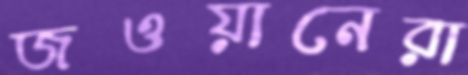
জওয়ানেরা